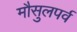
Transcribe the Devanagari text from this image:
मौसुलपर्व